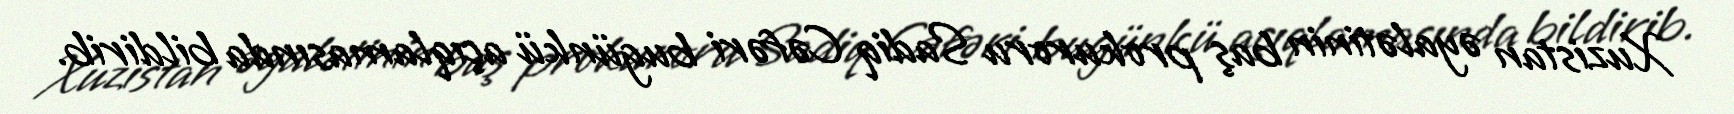
Xuzistan əyalətinin baş prokuroru Sadiq Cəfəri bugünkü açıqlamasında bildirib.